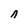
Character: n